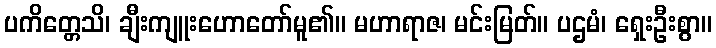
ပကိတ္တေသိ၊ ချီးကျူးဟောတော်မူ၏။ မဟာရာဇ၊ မင်းမြတ်။ ပဌမံ၊ ရှေးဦးစွာ။